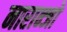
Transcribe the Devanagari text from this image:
नारान्जो